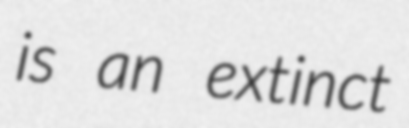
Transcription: is an extinct